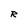
Character: R